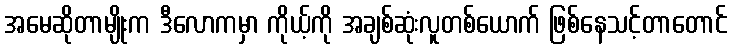
အမေဆိုတာမျိုးက ဒီလောကမှာ ကိုယ့်ကို အချစ်ဆုံးလူတစ်ယောက် ဖြစ်နေသင့်တာတောင်